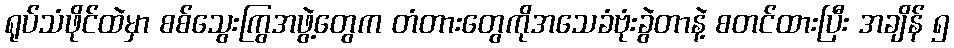
ရုပ်သံဖိုင်ထဲမှာ စစ်သွေးကြွအဖွဲ့တွေက တံတားတွေကိုအသေခံဗုံးခွဲတာနဲ့ စတင်ထားပြီး အချိန် ၅